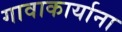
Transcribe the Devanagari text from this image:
गावाकार्याना